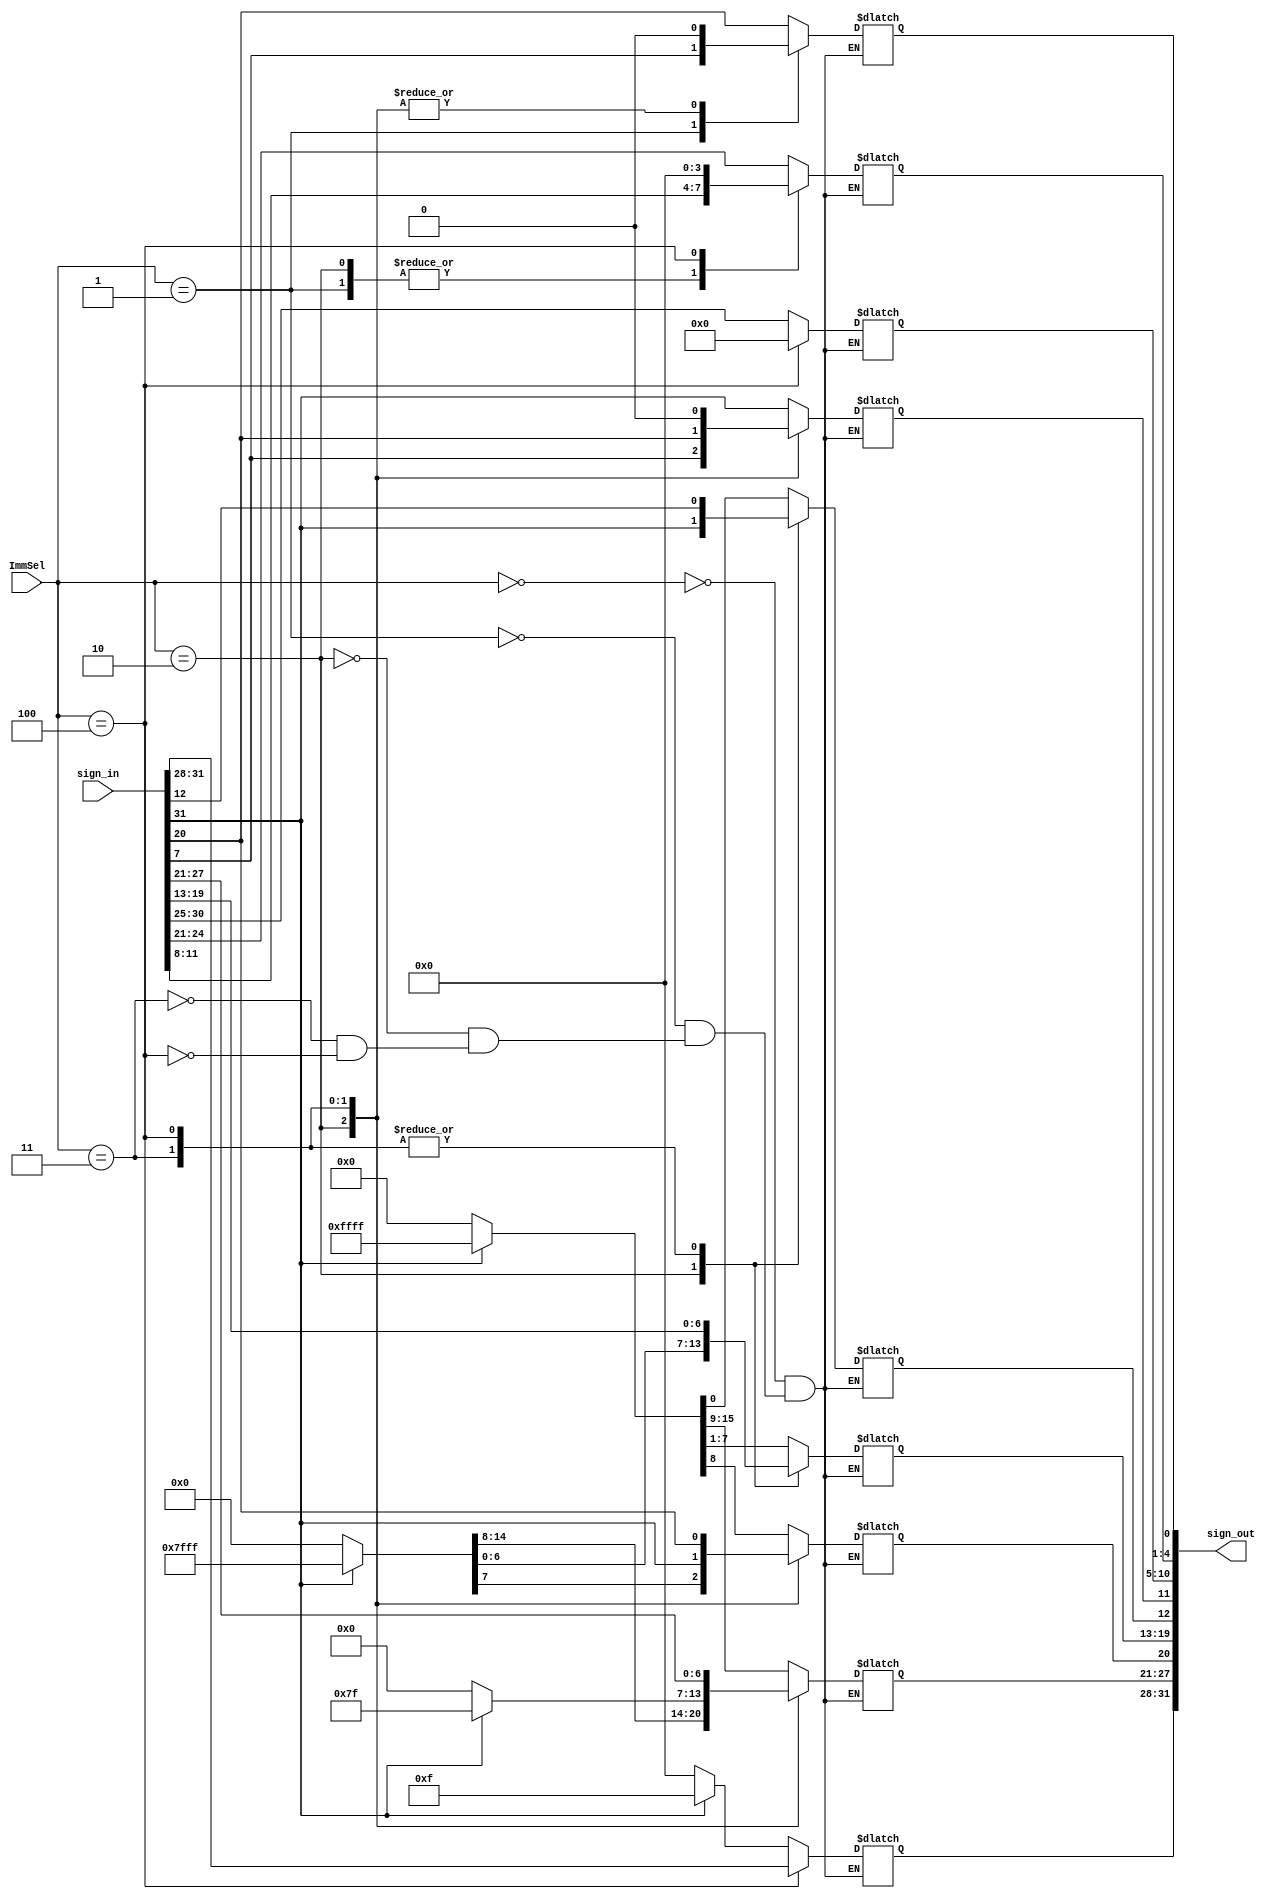
module SignExt(sign_in, sign_out,ImmSel);
	input [2:0] ImmSel;
	input [31:0] sign_in;
	output reg [31:0] sign_out;
	always@(ImmSel,sign_in)
	begin
	case(ImmSel)
		3'b000 : begin //I-Type
		sign_out[11:00]=sign_in[31:20];
		sign_out[27:12]=sign_in[31] ? 16'b1111111111111111:16'b0;
		sign_out[31:28]=sign_in[31] ? 4'b1111:4'b0;
		end 
		3'b001 : begin //S-Type
		sign_out[4:0] = sign_in[11:7];
		sign_out[11:5]= sign_in[31:25];
		sign_out[27:12]=sign_in[31] ? 16'b1111111111111111:16'b0;
		sign_out[31:28]=sign_in[31] ? 4'b1111:4'b0;
		end		
		3'b010: begin //SB-Type (branch)
		sign_out[0] = 'b0;
		sign_out[4:1] = sign_in[11:8];
		sign_out[10:5] = sign_in[30:25];
		sign_out[11] = sign_in[7];
		sign_out[12] = sign_in[31];
		sign_out[27:13]=sign_in[31] ? 15'b111111111111111:15'b0;
		sign_out[31:28]=sign_in[31] ? 4'b1111:4'b0;
		end
		3'b011: begin //UJ-Type
		sign_out[0] = 0;
		sign_out[10:1] = sign_in[30:21];
		sign_out[11] = sign_in[20];
		sign_out[19:12] = sign_in[19:12];
		sign_out[20] = sign_in[31];
		sign_out[27:21]=sign_in[31] ? 7'b1111111:7'b0;
		sign_out[31:28]=sign_in[31] ? 4'b1111:4'b0;
		end
		3'b100: begin //U-Type
		sign_out[11:0] = 'b0;
		sign_out[31:12] = sign_in[31:12];
		end
	endcase
	end	
		
endmodule